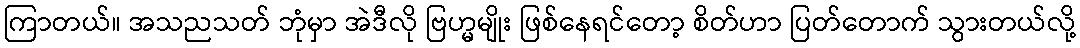
ကြာတယ်။ အသညသတ် ဘုံမှာ အဲဒီလို ဗြဟ္မမျိုး ဖြစ်နေရင်တော့ စိတ်ဟာ ပြတ်တောက် သွားတယ်လို့